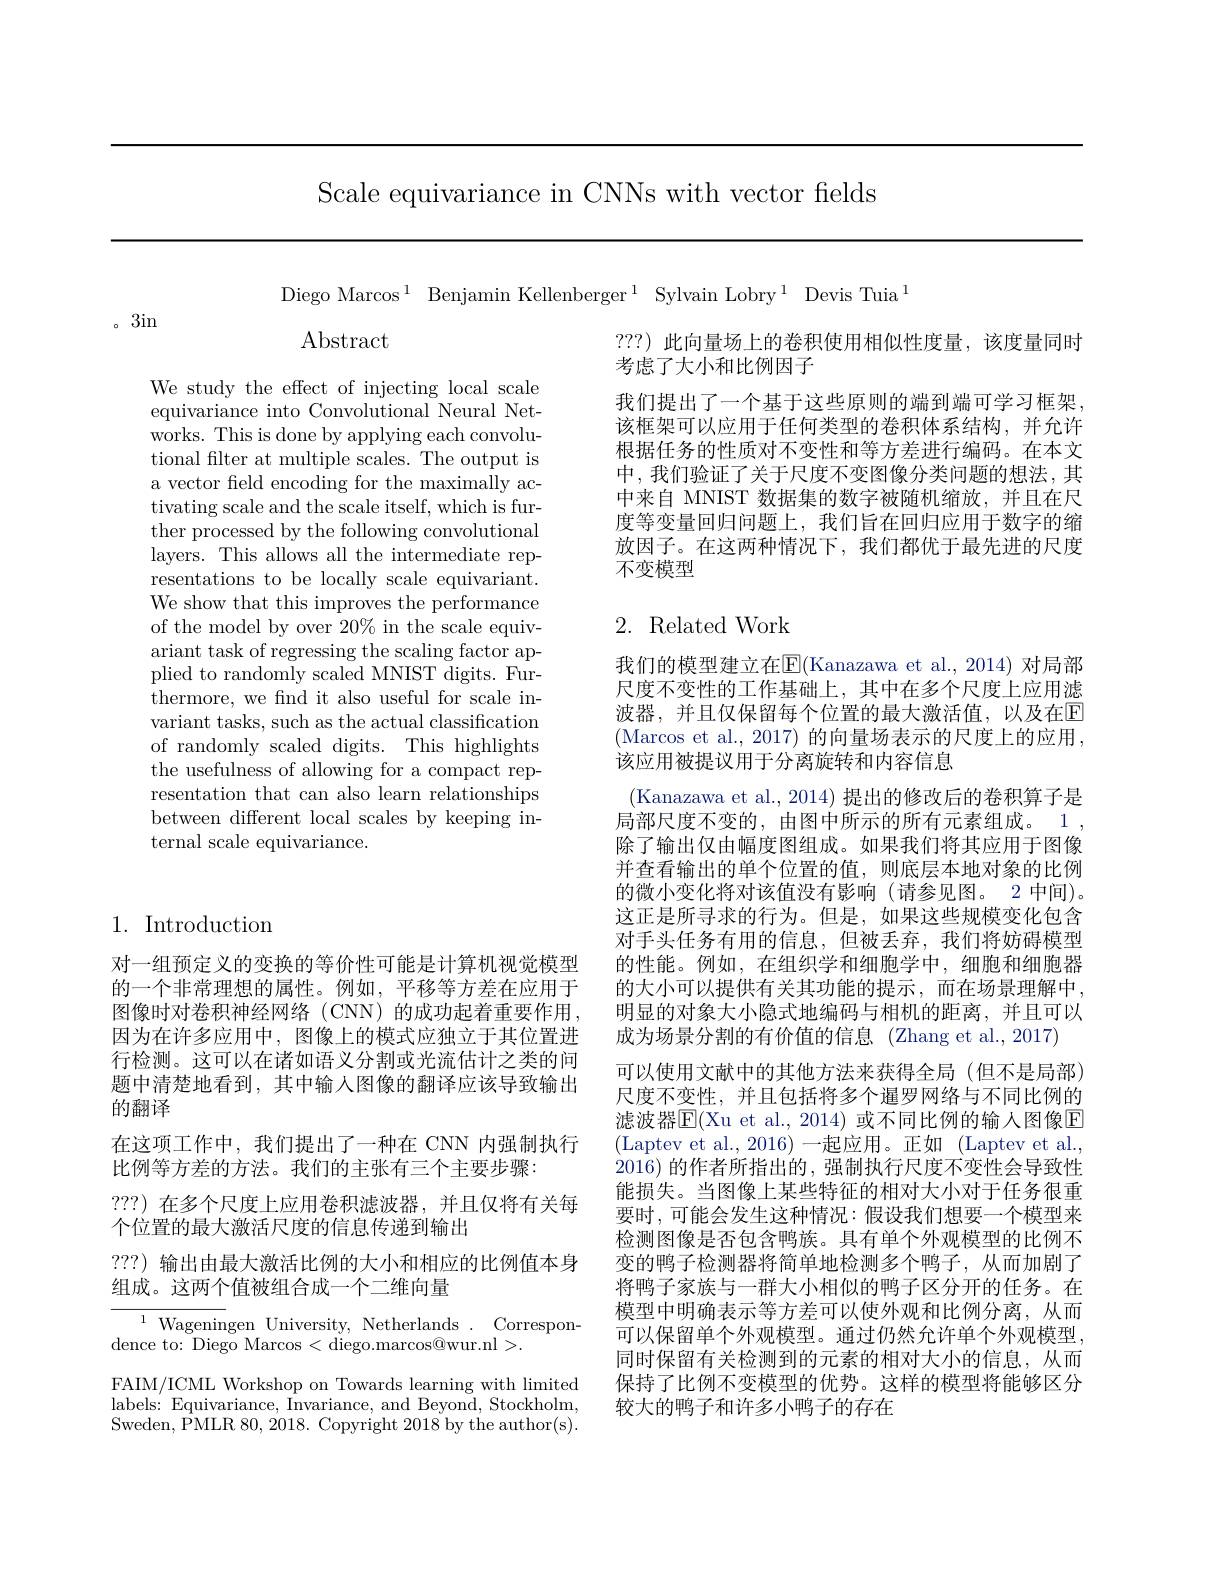
Scale equivariance in CNNs with vector felds

3in

Diego Marcos$^1$Benjamin Kellenberger$^1$Sylvain Lobry$^1$Devis Tuia$^1$

$\operatorname{Abstract}$

???)此向量场上的卷积使用相似性度量，该度量同时
考虑了大小和比例因子
我们提出了一个基于这些原则的端到端可学习框架， 该框架可以应用于任何类型的卷积体系结构，并允许根据任务的性质对不变性和等方差进行编码。在本文中，我们验证了关于尺度不变图像分类问题的想法，其中来自 MNIST 数据集的数字被随机缩放，并且在尺度等变量回归问题上，我们旨在回归应用于数字的缩放因子。在这两种情况下，我们都优于最先进的尺度不变模型

We study the effect of injecting local scale equivariance into Convolutional Neural Networks. This is done by applying each convolutional filter at multiple scales. The output is a vector field encoding for the maximally activating scale and the scale itself, which is further processed by the following convolutional layers. This allows all the intermediate representations to be locally scale equivariant. We show that this improves the performance of the model by over 20% in the scale equivariant task of regressing the scaling factor applied to randomly scaled MNIST digits. Furthermore, we find it also useful for scale invariant tasks, such as the actual classification of randomly scaled digits. This highlights the usefulness of allowing for a compact representation that can also learn relationships between different local scales by keeping internal scale equivariance.

1. Introduction

对一组预定义的变换的等价性可能是计算机视觉模型的一个非常理想的属性。例如，平移等方差在应用于图像时对卷积神经网络(CNN)的成功起着重要作用， 因为在许多应用中，图像上的模式应独立于其位置进行检测。这可以在诸如语义分割或光流估计之类的问题中清楚地看到，其中输入图像的翻译应该导致输出的翻译
在这项工作中，我们提出了一种在 CNN 内强制执行
比例等方差的方法。我们的主张有三个主要步骤：
???)在多个尺度上应用卷积滤波器，并且仅将有关每
个位置的最大激活尺度的信息传递到输出
???)输出由最大激活比例的大小和相应的比例值本身
组成。这两个值被组合成一个二维向量
${^{1}\text{Wageningen University, Netherlands}}.$ Correspon-
dence to: Diego Marcos <diego.marcos@wur.nl>.
FAIM/ICML Workshop on Towards learning with limited labels: Equivariance, Invariance, and Beyond, Stockholm, Sweden, PMLR 80, 2018. Copyright 2018 by the author(s).

### 2. Related Work

我们的模型建立在$\overline{\mathrm{E}}($Kanazawa et al., 2014) 对局部尺度不变性的工作基础上，其中在多个尺度上应用滤波器，并且仅保留每个位置的最大激活值，以及在$\mathbb{E}$ (Marcos et al., 2017) 的向量场表示的尺度上的应用， 该应用被提议用于分离旋转和内容信息
(Kanazawa et al., 2014) 提出的修改后的卷积算子是局部尺度不变的，由图中所示的所有元素组成。1 , 除了输出仅由幅度图组成。如果我们将其应用于图像并查看输出的单个位置的值，则底层本地对象的比例的微小变化将对该值没有影响(请参见图。2 中间)。这正是所寻求的行为。但是，如果这些规模变化包含对手头任务有用的信息，但被丢弃，我们将妨碍模型的性能。例如，在组织学和细胞学中，细胞和细胞器的大小可以提供有关其功能的提示，而在场景理解中， 明显的对象大小隐式地编码与相机的距离，并且可以成为场景分割的有价值的信息 (Zhang et al.,2017)
可以使用文献中的其他方法来获得全局 (但不是局部) 尺度不变性，并且包括将多个暹罗网络与不同比例的滤波器$\operatorname{E}($Xu et al.,2014)或不同比例的输入图像E (Laptev et al.,2016)一起应用。正如 (Laptev et al., 2016)的作者所指出的，强制执行尺度不变性会导致性能损失。当图像上某些特征的相对大小对于任务很重要时，可能会发生这种情况：假设我们想要一个模型来检测图像是否包含鸭族。具有单个外观模型的比例不变的鸭子检测器将简单地检测多个鸭子，从而加剧了将鸭子家族与一群大小相似的鸭子区分开的任务。在模型中明确表示等方差可以使外观和比例分离，从而可以保留单个外观模型。通过仍然允许单个外观模型， 同时保留有关检测到的元素的相对大小的信息，从而保持了比例不变模型的优势。这样的模型将能够区分较大的鸭子和许多小鸭子的存在